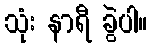
သုံး နာရီ ခွဲပါ။